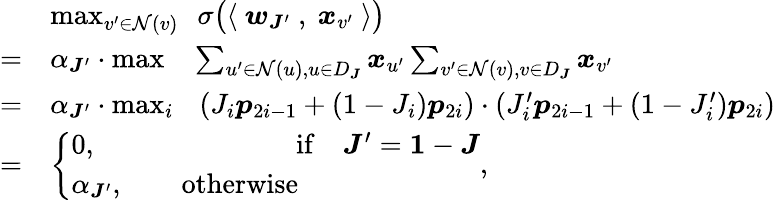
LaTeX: \begin{array}{rl}&{\operatorname*{max}_{v^{\prime}\in\mathcal{N}(v)}~~\sigma\big(\langle~{\boldsymbol w}_{{\boldsymbol J}^{\prime}}~,~{\boldsymbol x}_{v^{\prime}}~\rangle\big)}\\ {=}&{\alpha_{{\boldsymbol J}^{\prime}}\cdot\operatorname*{max}~~~\sum_{u^{\prime}\in\mathcal{N}(u),u\in D_{\boldsymbol J}}{\boldsymbol x}_{u^{\prime}}\sum_{v^{\prime}\in\mathcal{N}(v),v\in D_{\boldsymbol J}}{\boldsymbol x}_{v^{\prime}}}\\ {=}&{\alpha_{{\boldsymbol J}^{\prime}}\cdot\operatorname*{max}_{i}~~~(J_{i}{\boldsymbol p}_{2i-1}+(1-J_{i}){\boldsymbol p}_{2i})\cdot(J_{i}^{\prime}{\boldsymbol p}_{2i-1}+(1-J_{i}^{\prime}){\boldsymbol p}_{2i})}\\ {=}&{\displaystyle\left\{ \begin{array}{ll}{0,\qquad\qquad\mathrm{~~~~~~~~~~~~if}\quad{\boldsymbol J}^{\prime}={{\mathbf 1}}-{\boldsymbol J}}\\ {\alpha_{{\boldsymbol J}^{\prime}},\qquad\mathrm{otherwise}}\end{array}\right.,}\end{array}